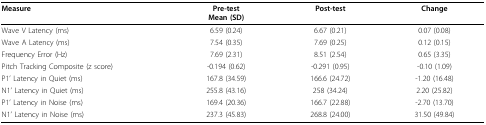
| Measure | Pre-testMean (SD) | Post-test | Change |
 | --- | --- | --- | --- |
 | Wave V Latency (ms) | 6.59 (0.24) | 6.67 (0.21) | 0.07 (0.08) |
 | Wave A Latency (ms) | 7.54 (0.35) | 7.69 (0.25) | 0.12 (0.15) |
 | Frequency Error (Hz) | 7.69 (2.31) | 8.51 (2.54) | 0.65 (3.35) |
 | Pitch Tracking Composite (z score) | -0.194 (0.62) | -0.291 (0.95) | -0.10 (1.09) |
 | P1' Latency in Quiet (ms) | 167.8 (34.59) | 166.6 (24.72) | -1.20 (16.48) |
 | N1' Latency in Quiet (ms) | 255.8 (43.16) | 258 (34.24) | 2.20 (25.82) |
 | P1' Latency in Noise (ms) | 169.4 (20.36) | 166.7 (22.88) | -2.70 (13.70) |
 | N1' Latency in Noise (ms) | 237.3 (45.83) | 268.8 (24.00) | 31.50 (49.84) |